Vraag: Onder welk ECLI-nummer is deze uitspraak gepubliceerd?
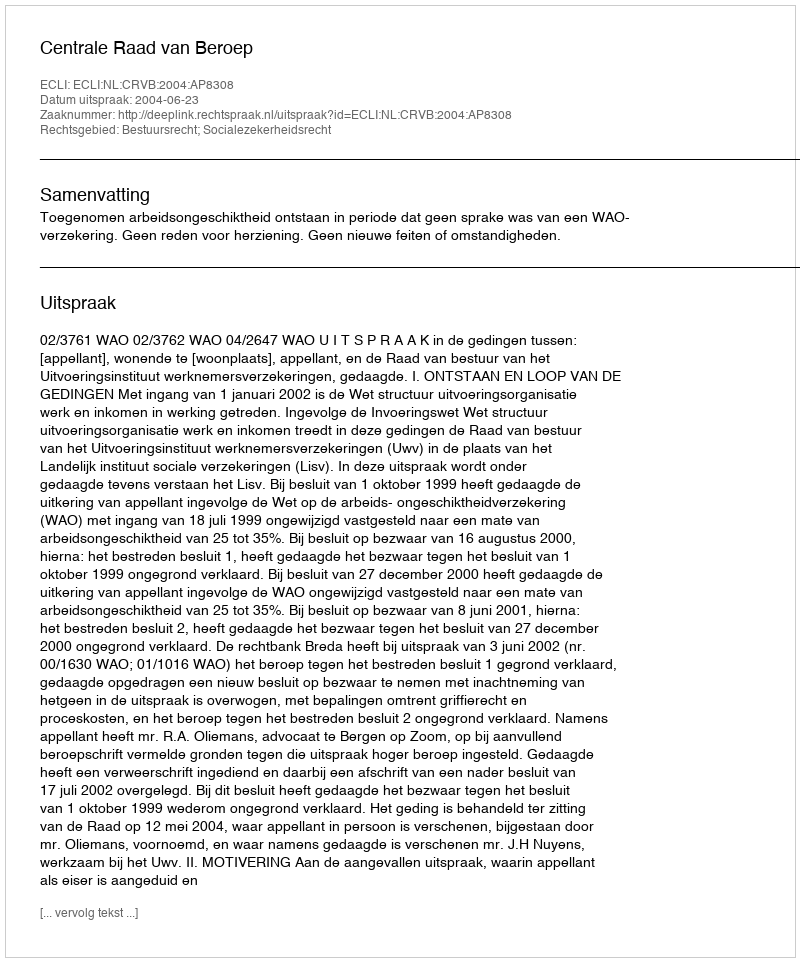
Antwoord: ECLI:NL:CRVB:2004:AP8308